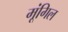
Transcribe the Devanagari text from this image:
मूंगिल